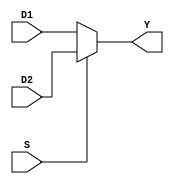
`timescale 1ns / 1ps

module MUX21 (
        D1 , D2 , S , Y
);
 
input  S;
input [31:0] D1;
input [31:0] D2;

output [31:0] Y;

// Write your code 
 assign Y = (S == 1'b0) ? D1 : D2;

endmodule